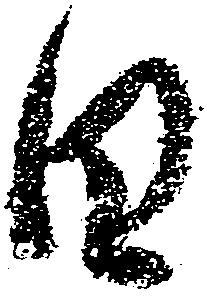
日